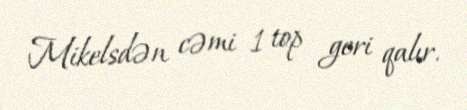
Mikelsdən cəmi 1 top geri qalır.